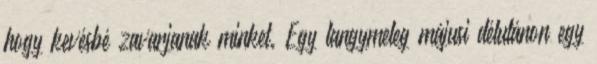
hogy kevésbé zavarjanak minket. Egy langymeleg májusi délutánon egy